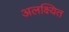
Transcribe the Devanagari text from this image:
अलक्ष्यित